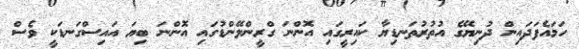
ހަމައެފަދައިން ދުނިޔޭގެ އުތުރުތަނޑިޔާ ކައިރީގައި އޮންނަ ގްރީންލޭންޑުގައި އޮންނަ ބިޔަ އައިސްގަނޑަކީ ވެސް